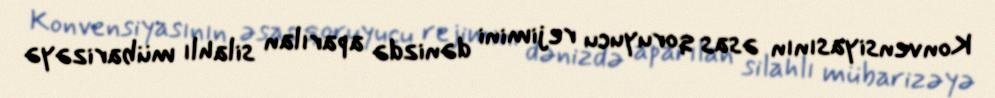
Konvensiyasının əsas qoruyucu rejimini dənizdə aparılan silahlı mübarizəyə